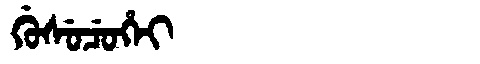
Manchu: ᡤᡠᠰᡠᠴᡠᡥᡝᡳ
Romanization: GUSUCUHEI